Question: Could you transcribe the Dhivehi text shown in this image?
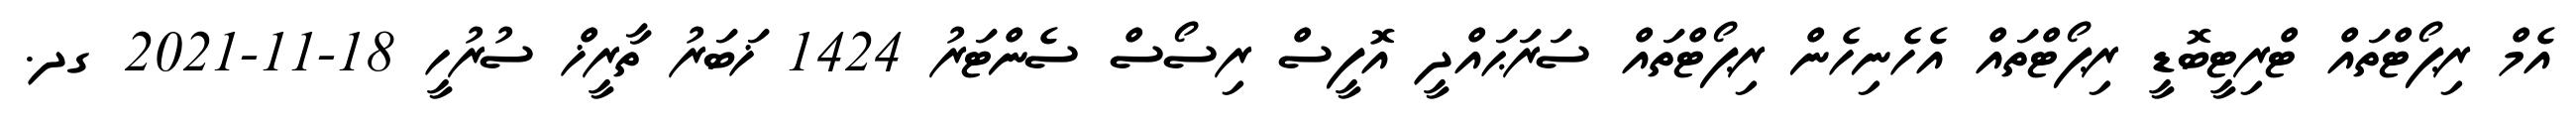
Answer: އެމް ރިޕޯޓްތައް ޓްރިޓީބޮޑީ ރިޕޯޓްތައް އެހެނިހެން ރިޕޯޓްތައް ސަރަޙައްދީ އޮފީސް ރިސޯސް ސެންޓަރު 1424 ޚަބަރު ތާރީޚް ސުރުހީ 18-11-2021 ގދ.